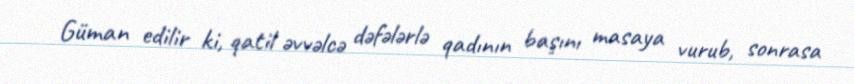
Güman edilir ki, qatil əvvəlcə dəfələrlə qadının başını masaya vurub, sonrasa